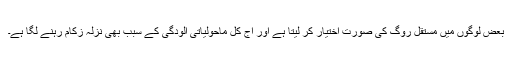
بعض لوگوں میں مستقل روگ کی صورت اختیار کر لیتا ہے اور آج کل ماحولیاتی آلودگی کے سبب بھی نزلہ زکام رہنے لگا ہے۔